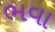
ભવા